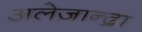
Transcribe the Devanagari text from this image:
अलेज़ान्द्रा